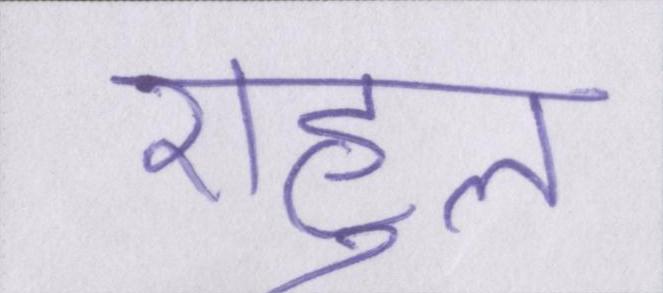
राहुल